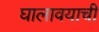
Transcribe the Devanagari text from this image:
घालावयाची